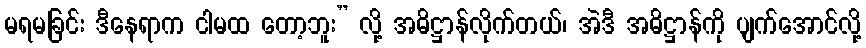
မရမခြင်း ဒီနေရာက ငါမထ တော့ဘူး” လို့ အဓိဋ္ဌာန်လိုက်တယ်၊ အဲဒီ အဓိဋ္ဌာန်ကို ပျက်အောင်လို့